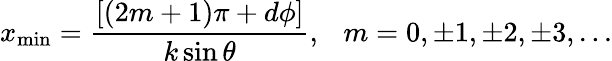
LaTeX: x_{\mathrm{min}}=\frac{[(2m+1)\pi+d\phi]}{k\sin\theta},~~~m=0,\pm 1,\pm 2,\pm 3,...